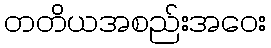
တတိယအစည်းအဝေး